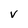
Character: V